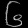
Digit: ၆